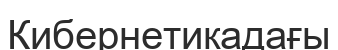
Кибернетикадағы